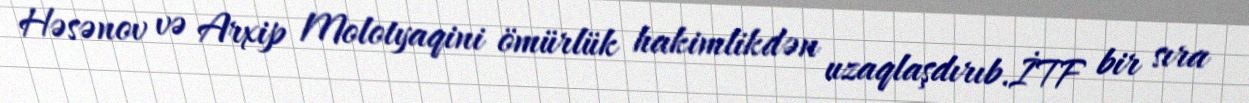
Həsənov və Arxip Molotyaqini ömürlük hakimlikdən uzaqlaşdırıb.İTF bir sıra